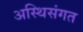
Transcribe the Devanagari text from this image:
अस्थिसंगत